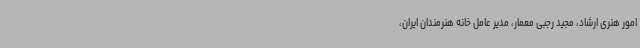
امور هنری ارشاد، مجید رجبی معمار، مدیر عامل خانه هنرمندان ایران،